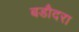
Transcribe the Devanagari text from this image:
बडौदरा